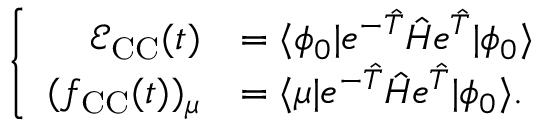
\left\lbrace \begin{array} { r l } { \mathcal { E } _ { \mathrm { C C } } ( t ) } & { = \langle \phi _ { 0 } \vert e ^ { - \hat { T } } \hat { H } e ^ { \hat { T } } \vert \phi _ { 0 } \rangle } \\ { ( f _ { \mathrm { C C } } ( t ) ) _ { \mu } } & { = \langle \mu \vert e ^ { - \hat { T } } \hat { H } e ^ { \hat { T } } \vert \phi _ { 0 } \rangle . } \end{array} \right.